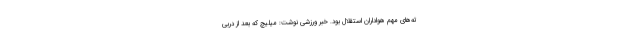
ته‌های مهم هواداران استقلال بود. خبر ورزشی نوشت: میلیچ که بعد از دربی